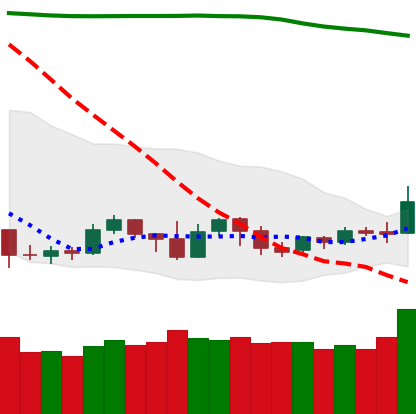
Ticker: NEO-USD
Chart end date: 2019-09-17
Forward return: -4.722%
Label: down_3_5